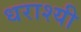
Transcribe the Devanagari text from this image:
धराश्यी